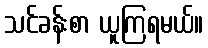
သင်ခန်းစာ ယူကြရမယ်။